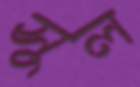
সুল